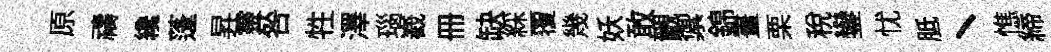
原禱纔蓬昇靈咎牲澤瑙嶻册缺綵覆幾妖敢覼禦錦畫栗稅鑾忧胝丶憔締